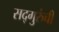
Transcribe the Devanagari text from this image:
सद्‍गुरुंची